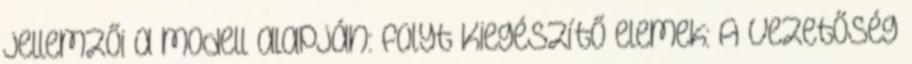
jellemzői a modell alapján: folyt Kiegészítő elemek: A vezetőség